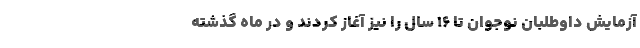
آزمایش داوطلبان نوجوان تا ۱۶ سال را نیز آغاز کردند و در ماه گذشته